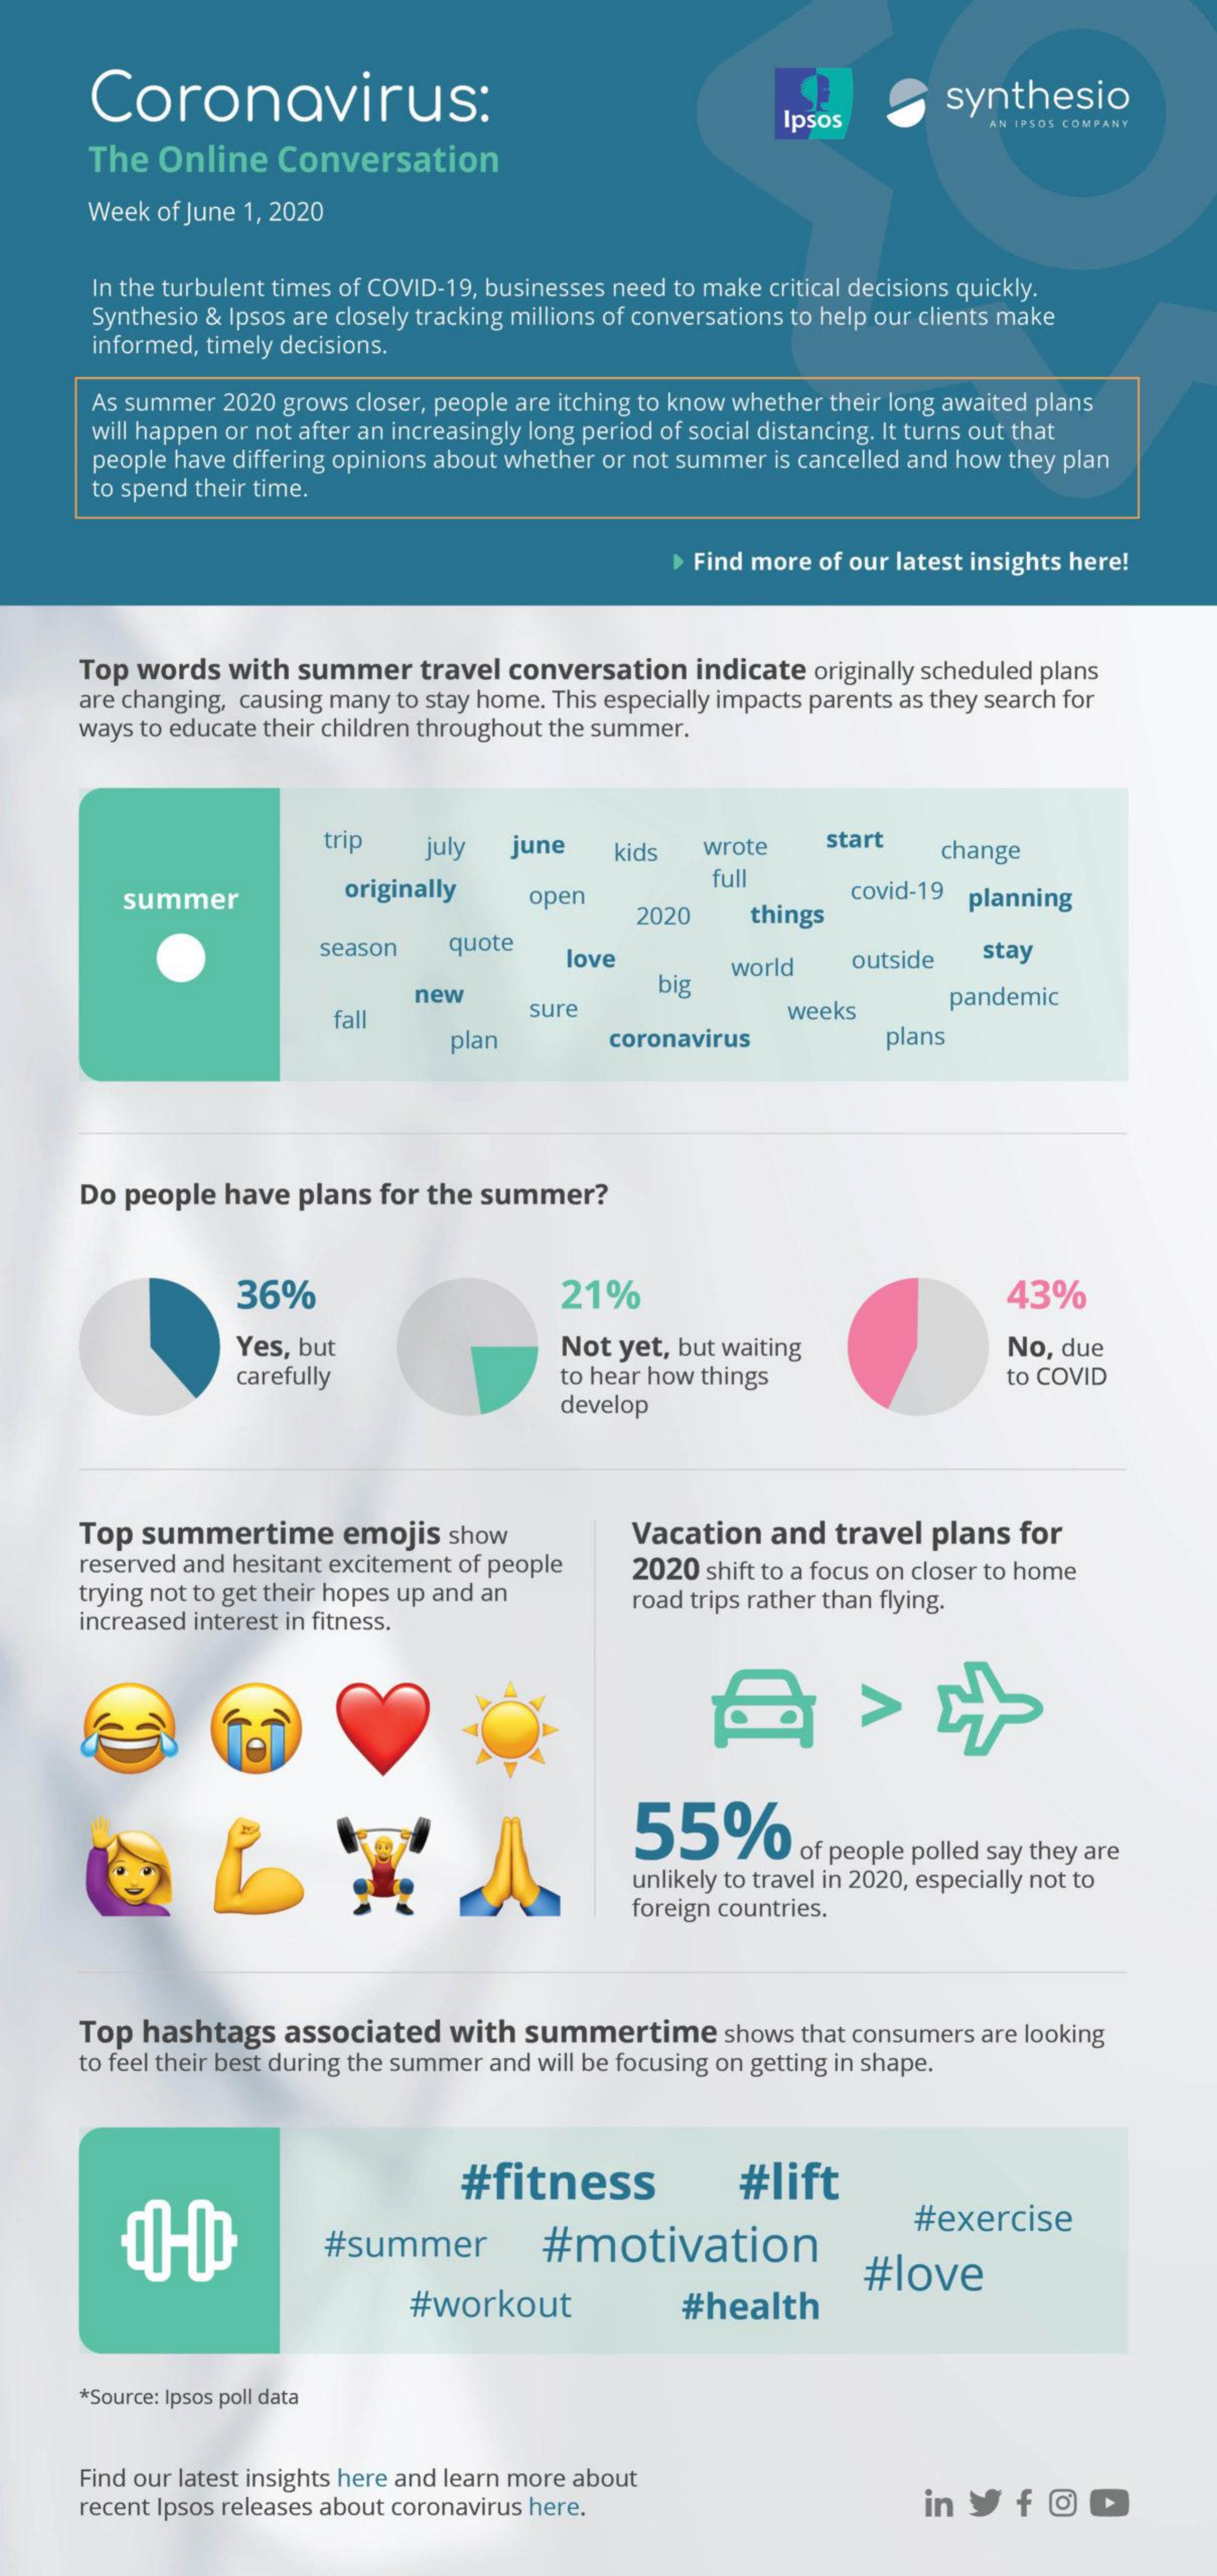
Coronavirus:    synthesio
     Ipsos    AN IPSOS COMPANY
     The  Online   Conversation
     Week of June 1, 2020
     In the turbulent times of COVID-19, businesses need to make critical decisions quickly.
     Synthesio & Ipsos are closely tracking millions of conversations to help our clients make
     informed, timely decisions.
     As summer 2020 grows closer, people are itching to know whether their long awaited plans
     will happen or not after an increasingly long period of social distancing. It turns out that
     people have differing opinions about whether or not summer is cancelled and how they plan
     to spend their time.
     > Find more of our latest insights here!
     Top words  with  summer   travel conversation  indicate originally scheduled plans
     are changing, causing many to stay home. This especially impacts parents as they search for
     ways to educate their children throughout the summer.
     trip   july   june    kids  wrote    start
     change
     summer    originally    open
     full
     covid-19
     2020    things
     planning
     season    quote
     love    world    outside  stay
     new
     big
     fall
     sure    weeks
     pandemic
     plan    coronavirus    plans
     Do people  have  plans for the summer?
     36%    21%    43%
     Yes, but    Not yet, but waiting    No, due
     carefully    to hear how things    to COVID
     develop
     Top  summertime    emojis  show    Vacation  and  travel plans  for
     reserved and hesitant excitement of people
     trying not to get their hopes up and an
     2020 shift to a focus on closer to home
     increased interest in fitness.
     road trips rather than flying.
     55%
     of people polled say they are
     unlikely to travel in 2020, especially not to
     foreign countries.
     Top  hashtags   associated  with  summertime    shows that consumers are looking
     to feel their best during the summer and will be focusing on getting in shape.
     #fitness    #lift
     #summer    #motivation
     #exercise
     #workout
     #love
     #health
     *Source: Ipsos poll data
     Find our latest insights here and learn more about
     recent Ipsos releases about coronavirus here.    in yf    OD